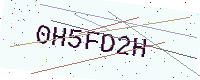
Text: 0H5FD2H